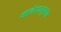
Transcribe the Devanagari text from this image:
शाळेपासूनचा